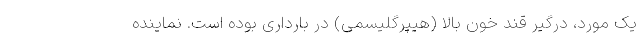
یک مورد، درگیر قند خون بالا (هیپرگلیسمی) در بارداری بوده است. نماینده